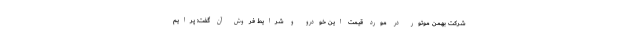
شرکت بهمن موتور در مورد قیمت این خودرو و شرایط فروش آن گفت: پرایم